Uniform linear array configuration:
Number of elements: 64
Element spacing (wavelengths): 1
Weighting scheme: exponential
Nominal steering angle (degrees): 15
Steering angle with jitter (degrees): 14.374
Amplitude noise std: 0.05
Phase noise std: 0.05

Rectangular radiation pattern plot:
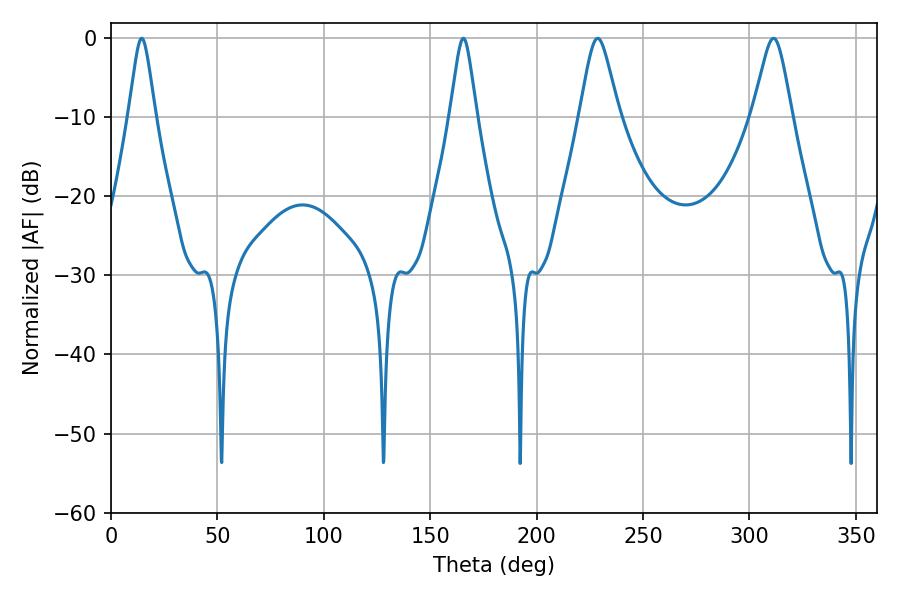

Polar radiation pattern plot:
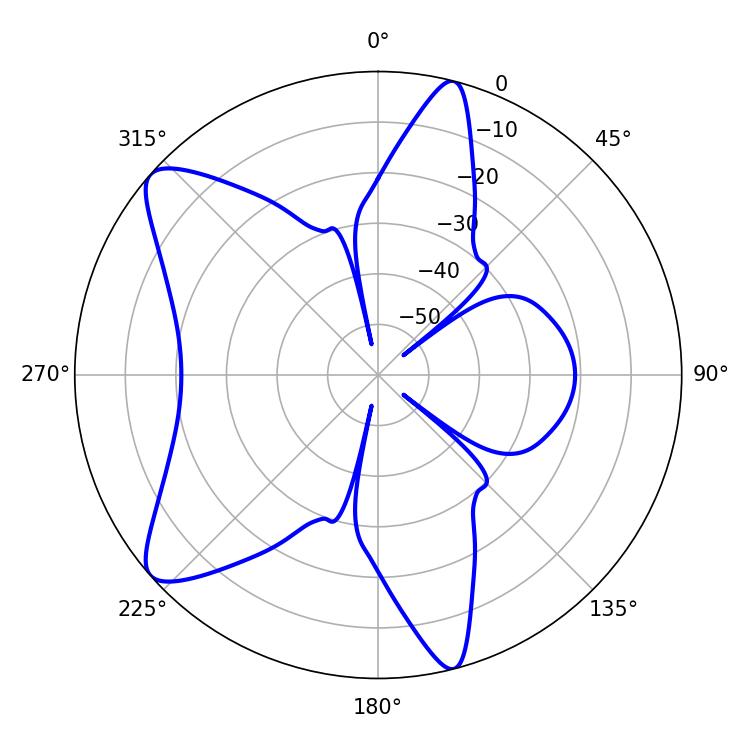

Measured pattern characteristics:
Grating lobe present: TRUE
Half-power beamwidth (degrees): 5.94
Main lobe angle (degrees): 14.4